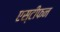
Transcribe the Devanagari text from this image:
एस्टीफन